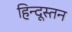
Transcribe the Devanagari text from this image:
हिन्दूस्तन